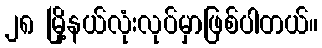
၂၈ မြို့နယ်လုံးလုပ်မှာဖြစ်ပါတယ်။